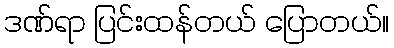
ဒဏ်ရာ ပြင်းထန်တယ် ပြောတယ်။